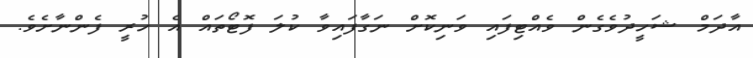
އާދަމް ޝަހީދުވެގެން ވެއްޓިފައި ވަނިކޮށް ނަގާފައިވާ ކުލަ ފޮޓޯތައް އެ ހުރީ ފެންނާށެވެ.